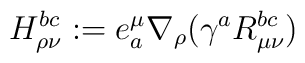
H_{\rho\nu}^{bc}:=e^\mu_a\nabla_\rho(\gamma^aR_{\mu\nu}^{bc})